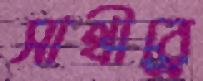
সাথীরে